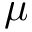
\mu